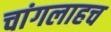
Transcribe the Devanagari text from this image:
चांगलाहच